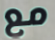
مع